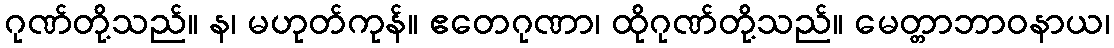
ဂုဏ်တို့သည်။ န၊ မဟုတ်ကုန်။ ဧတေဂုဏာ၊ ထိုဂုဏ်တို့သည်။ မေတ္တာဘာဝနာယ၊